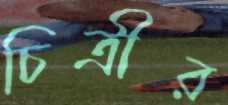
চিত্রীর